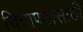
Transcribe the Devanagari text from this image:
चित्रापटासाठी